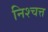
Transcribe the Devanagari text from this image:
निश्चत्त